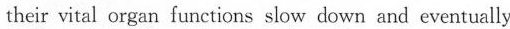
heir vital organ functions slow down and eventually